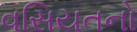
વસિયતનો